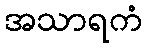
အသာရကံ